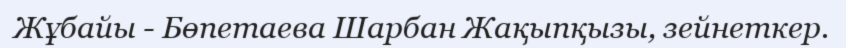
Жұбайы - Бөпетаева Шарбан Жақыпқызы, зейнеткер.